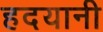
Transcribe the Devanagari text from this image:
हदयानी